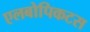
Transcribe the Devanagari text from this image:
एलबोपिकटस